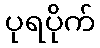
ပုရပိုက်